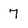
Character: 7